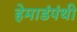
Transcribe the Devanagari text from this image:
हेमाडंपंथी